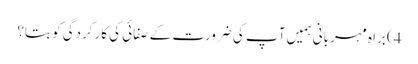
4) براہ مہربانی ہمیں آپ کی ضرورت کے صفائی کی کارکردگی کو بتا؟